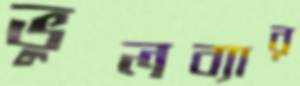
ভুলব্যার